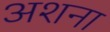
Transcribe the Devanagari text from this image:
अशना